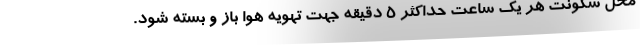
محل سکونت هر یک ساعت حداکثر ۵ دقیقه جهت تهویه هوا باز و بسته شود.